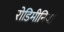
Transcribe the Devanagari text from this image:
रोडिमीनिया